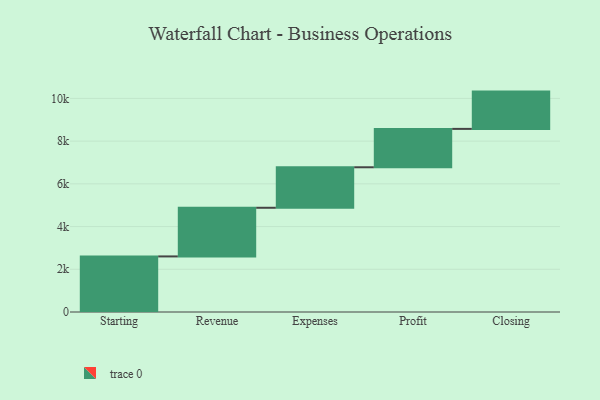
{"axis": {"x": "Step", "y": "Value"}, "legend": [""], "data": [{"x": "Starting", "y": 2602.0, "type": ""}, {"x": "Revenue", "y": 2278.0, "type": ""}, {"x": "Expenses", "y": 1896.0, "type": ""}, {"x": "Profit", "y": 1797.0, "type": ""}, {"x": "Closing", "y": 1746.0, "type": ""}]}